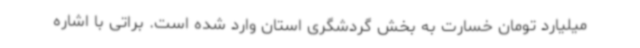
میلیارد تومان خسارت به بخش گردشگری استان وارد شده است. براتی با اشاره